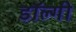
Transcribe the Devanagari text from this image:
डॉल्गी